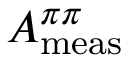
A _ { \mathrm { m e a s } } ^ { \pi \pi }